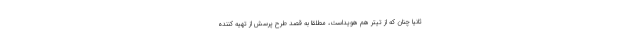
ثانیا چنان که از تیتر هم هویداست، مطلقا به قصد طرح پرسش از تهیه کننده